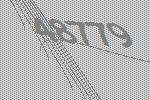
48779